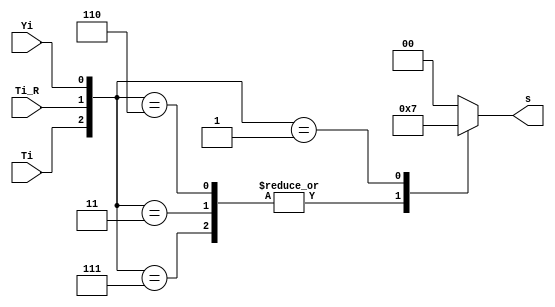

//-----------------------------------------------------------------------------
`timescale 1 ns / 1 ps

//{{ Section below this comment is automatically maintained
//   and may be overwritten
//{module {control_leftMst}}
module control_leftMst (Ti, Ti_R, Yi, s);

	output  [1:0] s;
	reg [1:0] s;
	input Ti, Ti_R, Yi;
	
	always @ (Ti, Ti_R, Yi)
	begin	
		case ({Ti, Ti_R, Yi})						
			3'b000, 3'b010:
			begin
				s[1:0] <= 2'b00;												
			end
						
			3'b110, 3'b011, 3'b111:
			begin
				s[1:0] <= 2'b01;												
			end
													
			3'b001:
			begin
				s[1:0] <= 2'b11;												
			end
							   
			default:
			begin
				s[1:0] <= 2'b00;
			end
		endcase	
	end 


endmodule